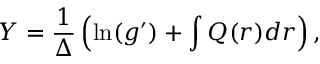
Y = \frac { 1 } { \Delta } \left( \ln ( g ^ { \prime } ) + \int Q ( r ) d r \right) ,